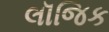
લૉજિક